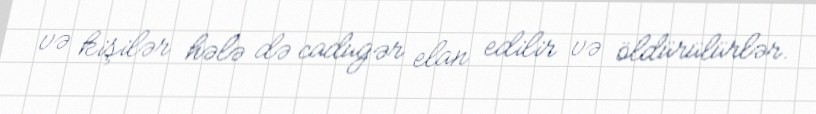
və kişilər hələ də cadugər elan edilir və öldürülürlər.